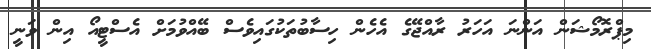
މިޕްރޮމޯޝަން އަންނަ އަހަރު ރާއްޖޭގެ އެހެން ހިސާބުތަކުގައިވެސް ބޭއްވުމަށް އެސްޓީއޯ އިން ވަނީ